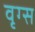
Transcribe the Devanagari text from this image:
वृग्स